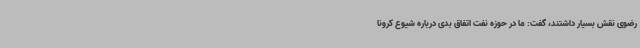
رضوی نقش بسیار داشتند، گفت: ما در حوزه نفت اتفاق بدی درباره شیوع کرونا